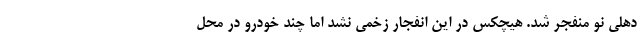
دهلی نو منفجر شد. هیچکس در این انفجار زخمی نشد اما چند خودرو در محل